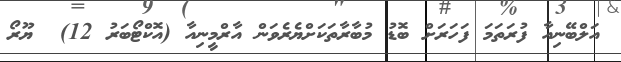
އަލްބޭނިއާ ފުރަތަމަ ފަހަރަށް ބޮޑު މުބާރާތަކަށްޔެރެވަން އާރްމީނިއާ (އޮކްޓޯބަރު 12)  ޔޫރޯ